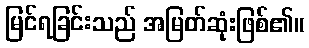
မြင်ရခြင်းသည် အမြတ်ဆုံးဖြစ်၏။